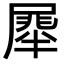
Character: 𭕯